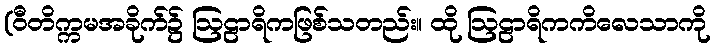
(ဝီတိက္ကမအခိုက်၌ ဩဠာရိကဖြစ်သတည်း။ ထို ဩဠာရိကကိလေသာကို